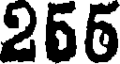
266